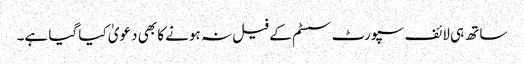
ساتھ ہی لائف سپورٹ سسٹم کے فیل نہ ہونے کا بھی دعویٰ کیا گیا ہے۔